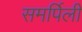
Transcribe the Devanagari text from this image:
समर्पिली